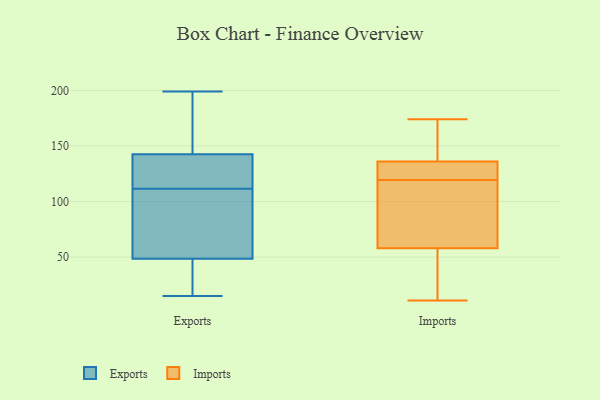
{"axis": {"x": "Budget (USD K)", "y": "Value"}, "legend": ["Exports", "Imports"], "data": [{"x": "", "y": 152, "type": "Exports"}, {"x": "", "y": 199, "type": "Exports"}, {"x": "", "y": 15, "type": "Exports"}, {"x": "", "y": 19, "type": "Exports"}, {"x": "", "y": 38, "type": "Exports"}, {"x": "", "y": 106, "type": "Exports"}, {"x": "", "y": 108, "type": "Exports"}, {"x": "", "y": 181, "type": "Exports"}, {"x": "", "y": 128, "type": "Exports"}, {"x": "", "y": 30, "type": "Exports"}, {"x": "", "y": 171, "type": "Exports"}, {"x": "", "y": 64, "type": "Exports"}, {"x": "", "y": 115, "type": "Exports"}, {"x": "", "y": 137, "type": "Exports"}, {"x": "", "y": 148, "type": "Exports"}, {"x": "", "y": 125, "type": "Exports"}, {"x": "", "y": 17, "type": "Exports"}, {"x": "", "y": 117, "type": "Exports"}, {"x": "", "y": 100, "type": "Exports"}, {"x": "", "y": 59, "type": "Exports"}, {"x": "", "y": 125, "type": "Imports"}, {"x": "", "y": 144, "type": "Imports"}, {"x": "", "y": 34, "type": "Imports"}, {"x": "", "y": 126, "type": "Imports"}, {"x": "", "y": 11, "type": "Imports"}, {"x": "", "y": 114, "type": "Imports"}, {"x": "", "y": 17, "type": "Imports"}, {"x": "", "y": 174, "type": "Imports"}, {"x": "", "y": 162, "type": "Imports"}, {"x": "", "y": 79, "type": "Imports"}, {"x": "", "y": 152, "type": "Imports"}, {"x": "", "y": 75, "type": "Imports"}, {"x": "", "y": 41, "type": "Imports"}, {"x": "", "y": 94, "type": "Imports"}, {"x": "", "y": 128, "type": "Imports"}, {"x": "", "y": 127, "type": "Imports"}]}